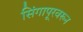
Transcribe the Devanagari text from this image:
सिंगापूरवरून